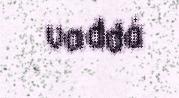
vaddá